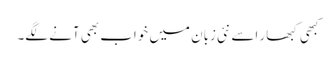
کبھی کبھار اسے نئی زبان میں خواب بھی آنے لگے۔